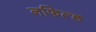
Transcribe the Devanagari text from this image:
नफिल्ड